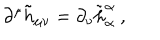
\partial ^ { \mu } \tilde { h } _ { \mu \nu } = \partial _ { \nu } \tilde { h } _ { \alpha } ^ { \alpha } \ ,